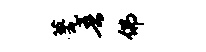
甍吾佛